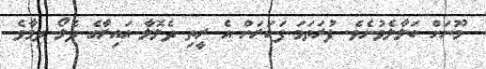
މޫނަށް ބަލާލެވުނެވެ. ފުރަތަމަ ފަހަރަށް އެ ރީތި ދެލޮލާ އައިރާގެ ދެލޯ ދިމާވެ